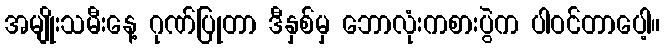
အမျိုးသမီးနေ့ ဂုဏ်ပြုတာ ဒီနှစ်မှ ဘောလုံးကစားပွဲက ပါဝင်တာပေါ့။